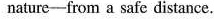
nature-from a safe distance.